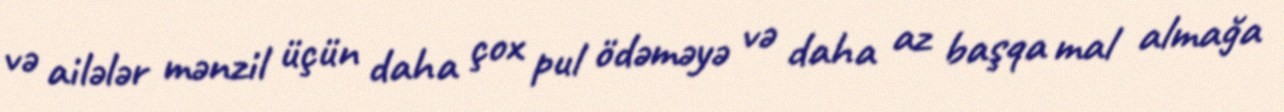
və ailələr mənzil üçün daha çox pul ödəməyə və daha az başqa mal almağa